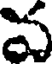
ప